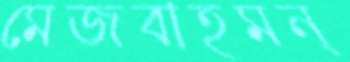
মেজবাহমন্